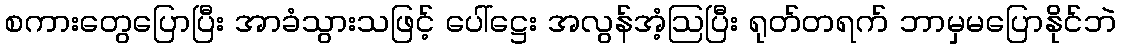
စကားတွေပြောပြီး အာခံသွားသဖြင့် ပေါ်ဋ္ဌေး အလွန်အံ့ဩပြီး ရုတ်တရက် ဘာမှမပြောနိုင်ဘဲ